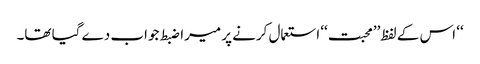
‘‘ اس کے لفظ’’محبت‘‘ استعمال کرنے پر میرا ضبط جواب دے گیا تھا۔